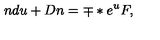
n d u + D n = \mp * e \sp { u } F ,